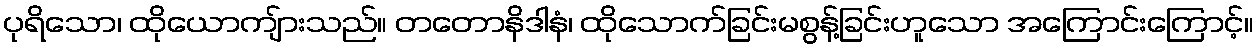
ပုရိသော၊ ထိုယောကျ်ားသည်။ တတောနိဒါနံ၊ ထိုသောက်ခြင်းမစွန့်ခြင်းဟူသော အကြောင်းကြောင့်။